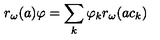
r _ { \omega } ( a ) \varphi = \sum _ { k } \varphi _ { k } r _ { \omega } ( a c _ { k } )